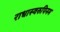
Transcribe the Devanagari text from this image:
राधास्वरुपिनम